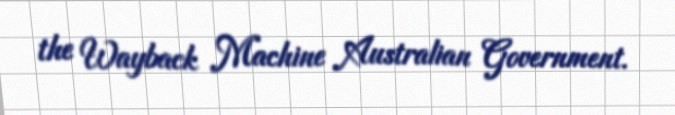
the Wayback Machine Australian Government.